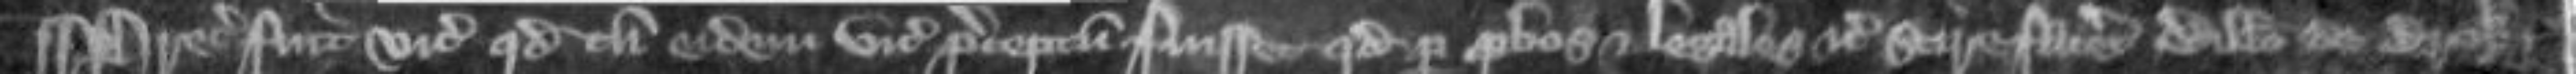
¶Preceptum fuit vicecomiti quod cum eidem vicecomiti preceptum fuisset quod per probos et legales etc scire faceret Willelmo de Brok